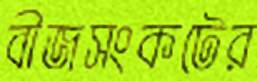
বীজসংকটের